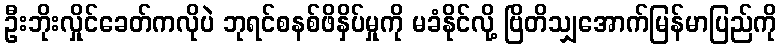
ဦးဘိုးလှိုင်ခေတ်ကလိုပဲ ဘုရင်စနစ်ဖိနှိပ်မှုကို မခံနိုင်လို့ ဗြိတိသျှအောက်မြန်မာပြည်ကို